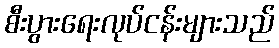
စီးပွားရေးလုပ်ငန်းများသည်